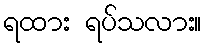
ရထား ရပ်သလား။